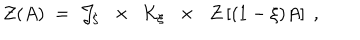
{ \mathcal Z } ( A ) \; = \; { \mathcal J } _ { \xi } \; \; \times \; \; { \mathcal K } _ { \xi } \; \; \times \; \; { \mathcal Z } \left[ ( 1 - \xi ) A \right] \; ,